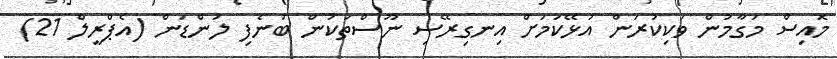
މޮއިސް މަގާމުން ވަކިކުރަން އުޅޭކަމަށް އިނގިރޭސި ނޫސްތަކުން ބުނެފި ލަންޑަން (އެޕްރީލް 21)